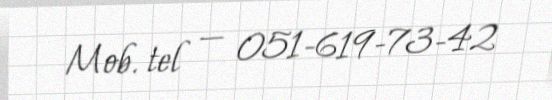
Mob. tel — 051-619-73-42